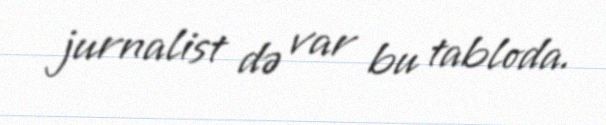
jurnalist də var bu tabloda.